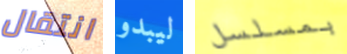
انتقال ليبدو بمسلسل